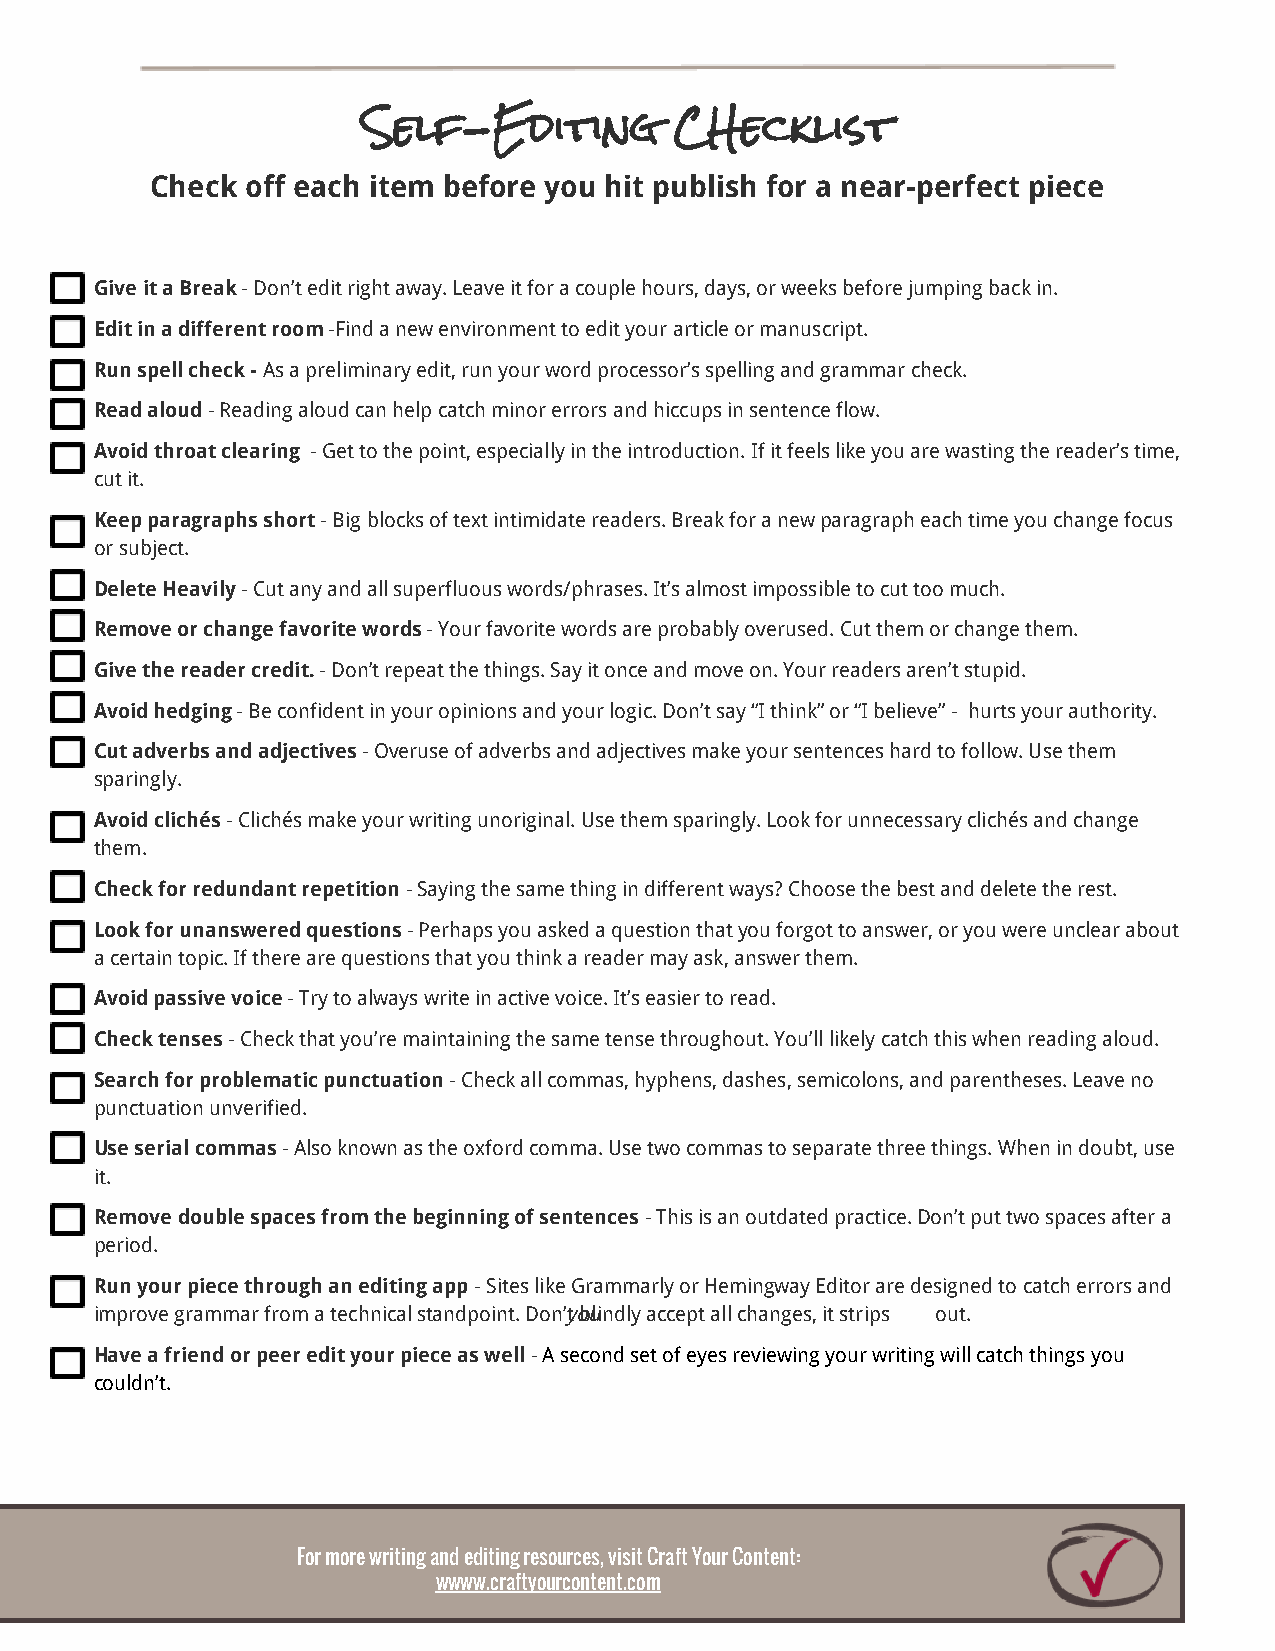
Self-Editing         CHecklist
 Check off each item before you hit publish for a near-perfect piece
 Give it a Break - Don’t edit right away. Leave it for a couple hours, days, or weeks before jumping back in.
 ​
 Edit in a different room -Find a new environment to edit your article or manuscript.
 ​
 Run spell check - As a preliminary edit, run your word processor’s spelling and grammar check.
 ​
 Read aloud - Reading aloud can help catch minor errors and hiccups in sentence flow.
 ​
 Avoid throat clearing - Get to the point, especially in the introduction. If it feels like you are wasting the reader’s time,
 ​
 cut it.
 Keep paragraphs short - Big blocks of text intimidate readers. Break for a new paragraph each time you change focus
 ​
 or subject.
 Delete Heavily - Cut any and all superfluous words/phrases. It’s almost impossible to cut too much.
 ​
 Remove or change favorite words - Your favorite words are probably overused. Cut them or change them.
 ​
 Give the reader credit. - Don’t repeat the things. Say it once and move on. Your readers aren’t stupid.
 ​
 Avoid hedging - Be confident in your opinions and your logic. Don’t say “I think” or “I believe” - hurts your authority.
 ​
 Cut adverbs and adjectives - Overuse of adverbs and adjectives make your sentences hard to follow. Use them
 ​
 sparingly.
 Avoid clichés - Clichés make your writing unoriginal. Use them sparingly. Look for unnecessary clichés and change
 ​
 them.
 Check for redundant repetition - Saying the same thing in different ways? Choose the best and delete the rest.
 ​
 Look for unanswered questions - Perhaps you asked a question that you forgot to answer, or you were unclear about
 ​
 a certain topic. If there are questions that you think a reader may ask, answer them.
 Avoid passive voice - Try to always write in active voice. It’s easier to read.
 ​
 Check tenses - Check that you’re maintaining the same tense throughout. You’ll likely catch this when reading aloud.
 ​
 Search for problematic punctuation - Check all commas, hyphens, dashes, semicolons, and parentheses. Leave no
 ​
 punctuation unverified.
 Use serial commas - Also known as the oxford comma. Use two commas to separate three things. When in doubt, use
 ​
 it.
 Remove double spaces from the beginning of sentences - This is an outdated practice. Don’t put two spaces after a
 ​
 period.
 Run your piece through an editing app - Sites like Grammarly or Hemingway Editor are designed to catch errors and
 ​
 improve grammar from a technical standpoint. Don’yto bulindly accept all changes, it strips out.
 ​                   ​
 Have a friend or peer edit your piece as well - A second set of eyes reviewing your writing will catch things you
 ​ ​
 couldn’t.
 For more writing and editing resources, visit Craft Your Content:
 wwww.craftyourcontent.com